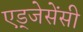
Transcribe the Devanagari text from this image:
एड्जेसेंसी